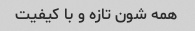
همه شون تازه و با کیفیت